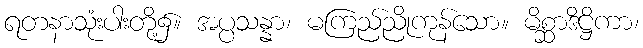
ရတနာသုံးပါးတို့၌။ အပ္ပသန္နာ၊ မကြည်ညိုကုန်သော။ မိစ္ဆာဒိဋ္ဌိကာ၊